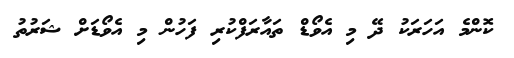
ކޮންމެ އަހަރަކު ދޭ މި އެވޯޑް ތައާރަފްކުރި ފަހުން މި އެވޯޑަށް ޝަރުތު